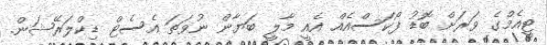
ޓީއެމްގެ ވަރަށް ބޮޑު ފޯކަސްއެއް އެއީ މާލީ ބަޔާން ނުވަތަ އެސެޓް ޑިކްލަރޭޝަން.